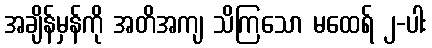
အချိန်မှန်ကို အတိအကျ သိကြသော မထေရ် ၂-ပါး